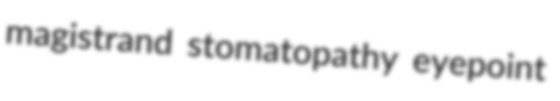
magistrand stomatopathy eyepoint